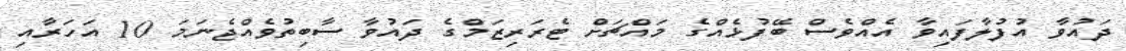
ދައުވާ އުފުލާފައިވާ އެއްވެސް ބޭފުޅެއްގެ މައްޗަށް ޓެރަރިޒަމްގެ ދައުވާ ސާބިތުވެއްޖެނަމަ 10 އަހަރާއި